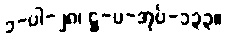
၁-ပါ-၂၈၊ ဋ္ဌ-ပ-အုပ်-၁၃၃။